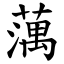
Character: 蕅